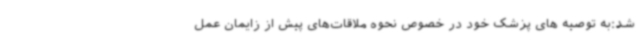
شد:به توصیه های پزشک خود در خصوص نحوه ملاقات‌های پیش از زایمان عمل